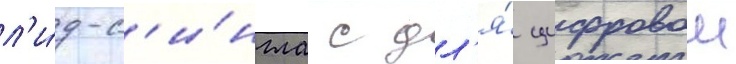
л'и́д-с'и́нгла с дл'я́ цифровои